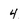
Character: 4